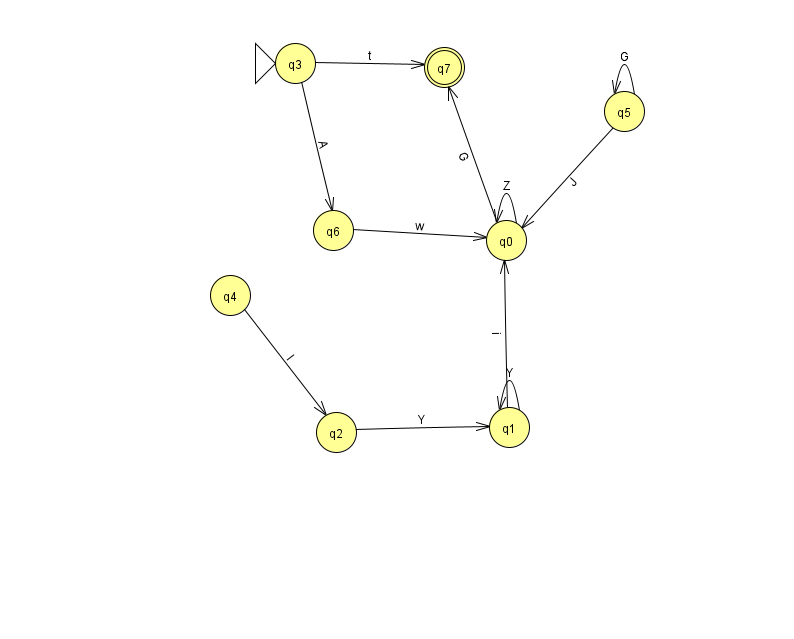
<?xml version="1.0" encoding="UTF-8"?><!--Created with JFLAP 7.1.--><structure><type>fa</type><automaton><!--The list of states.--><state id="0" name="q0"><x>506.0</x><y>227.0</y></state><state id="1" name="q1"><x>509.0</x><y>414.0</y></state><state id="2" name="q2"><x>336.0</x><y>419.0</y></state><state id="3" name="q3"><x>295.0</x><y>50.0</y><initial/></state><state id="4" name="q4"><x>230.0</x><y>282.0</y></state><state id="5" name="q5"><x>624.0</x><y>98.0</y></state><state id="6" name="q6"><x>333.0</x><y>217.0</y></state><state id="7" name="q7"><x>444.0</x><y>54.0</y><final/></state><!--The list of transitions.--><transition><from>0</from><to>7</to><read>G</read></transition><transition><from>6</from><to>0</to><read>w</read></transition><transition><from>5</from><to>0</to><read>J</read></transition><transition><from>5</from><to>5</to><read>G</read></transition><transition><from>2</from><to>1</to><read>Y</read></transition><transition><from>1</from><to>1</to><read>Y</read></transition><transition><from>0</from><to>0</to><read>Z</read></transition><transition><from>3</from><to>6</to><read>A</read></transition><transition><from>4</from><to>2</to><read>I</read></transition><transition><from>1</from><to>0</to><read>i</read></transition><transition><from>3</from><to>7</to><read>t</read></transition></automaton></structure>